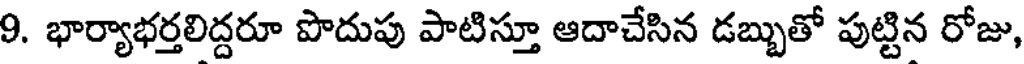
9. భార్యాభర్తలిద్దరూ పొదుపు పాటిస్తూ ఆదాచేసిన డబ్బుతో పుట్టిన రోజు,